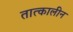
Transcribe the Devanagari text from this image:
तात्‍कालीन